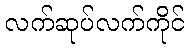
လက်ဆုပ်လက်ကိုင်